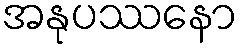
အနုပဿနော